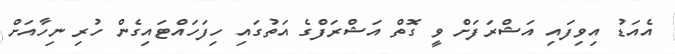
އެއަޑު އިވިފައި އަޝްރަފަށް ވީ ގޮތް އަޝްރަފްގެ އަތުގައި ހިފަހައްޓައިގެން ހުރި ނިހާއަށް